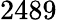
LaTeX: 2489